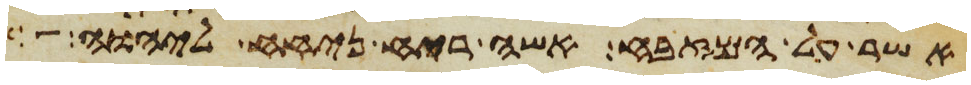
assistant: אשר על המזבח אשה ריח ניחח ליהוה